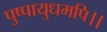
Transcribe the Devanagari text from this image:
पुष्पायुधमपि।।